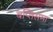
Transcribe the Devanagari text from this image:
बप्तिसमा